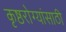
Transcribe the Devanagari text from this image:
कृष्ठरोग्यांसाठी